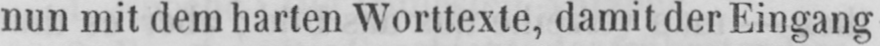
nun mit dem harten Worttexte, damit der Eingang